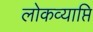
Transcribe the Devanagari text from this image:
लोकव्याप्ति